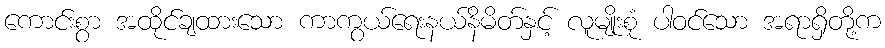
ကောင်းစွာ အထိုင်ချထားသော ကာကွယ်ရေးနယ်နိမိတ်နှင့် လူမျိုးစုံ ပါဝင်သော အရာရှိတို့က